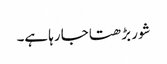
شور بڑھتا جا رہا ہے۔